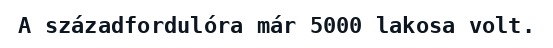
A századfordulóra már 5000 lakosa volt.